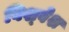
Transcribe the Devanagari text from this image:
विश्‍वेश